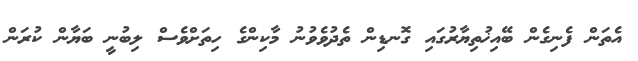
އެތަން ފެނިގެން ބޭއިޚުތިޔާރުގައި ގޮނޑިން ތެދުވެވުނު މާކިންގެ ހިތަށްވެސް ލިބުނީ ބަޔާން ކުރަން